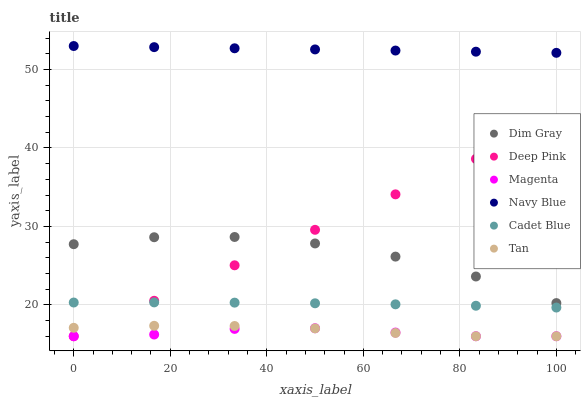
| xaxis_label | Dim Gray | Deep Pink | Magenta | Navy Blue | Cadet Blue | Tan |
 | --- | --- | --- | --- | --- | --- | --- |
 | 0 | 27.7 | 16 | 16 | 53 | 20.3 | 17.1 |
 | 16.7 | 28.6 | 20.5 | 16.2 | 52.9 | 20.3 | 17.3 |
 | 33.3 | 28.7 | 25 | 16.9 | 52.7 | 20.3 | 17.3 |
 | 50 | 27.8 | 29.6 | 17 | 52.6 | 20.2 | 17 |
 | 66.7 | 26.2 | 34.1 | 16.5 | 52.4 | 20.1 | 16.4 |
 | 83.3 | 23.6 | 38.6 | 16 | 52.3 | 19.9 | 16 |
 | 100 | 20.2 | 43.1 | 16 | 52.1 | 19.7 | 16 |